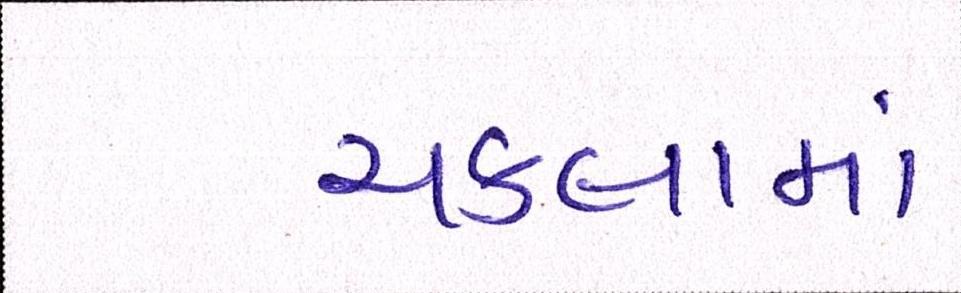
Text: ચકલામાં